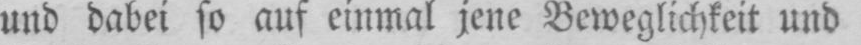
und dabei so auf einmal jene Beweglichkeit und